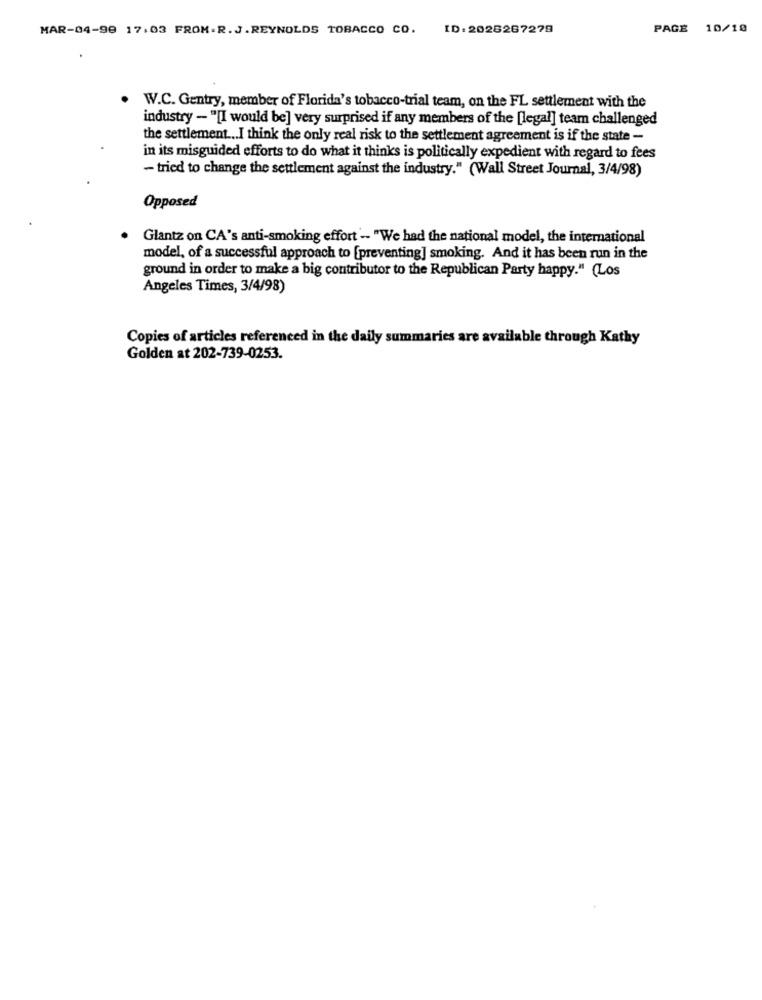
MAR-04-98 17.03 FROM.R.J.REYNOLDS TOBACCO CO. ID:2026267279
PAGE 10/10
W.C. Gentry, member of Florida's tobacco-trial team, on the FL settlement with the
industry - "[I would be] very surprised if any members of the [legal] team challenged
the settlement ... I think the only real risk to the settlement agreement is if the state -
in its misguided efforts to do what it thinks is politically expedient with regard to fees
- tried to change the settlement against the industry." (Wall Street Journal, 3/4/98)
Opposed
Glantz on CA's anti-smoking effort - "We had the national model, the international
model, of a successful approach to [preventing] smoking. And it has been run in the
ground in order to make a big contributor to the Republican Party happy." (Los
Angeles Times, 3/4/98)
Copies of articles referenced in the daily summaries are available through Kathy
Golden at 202-739-0253.